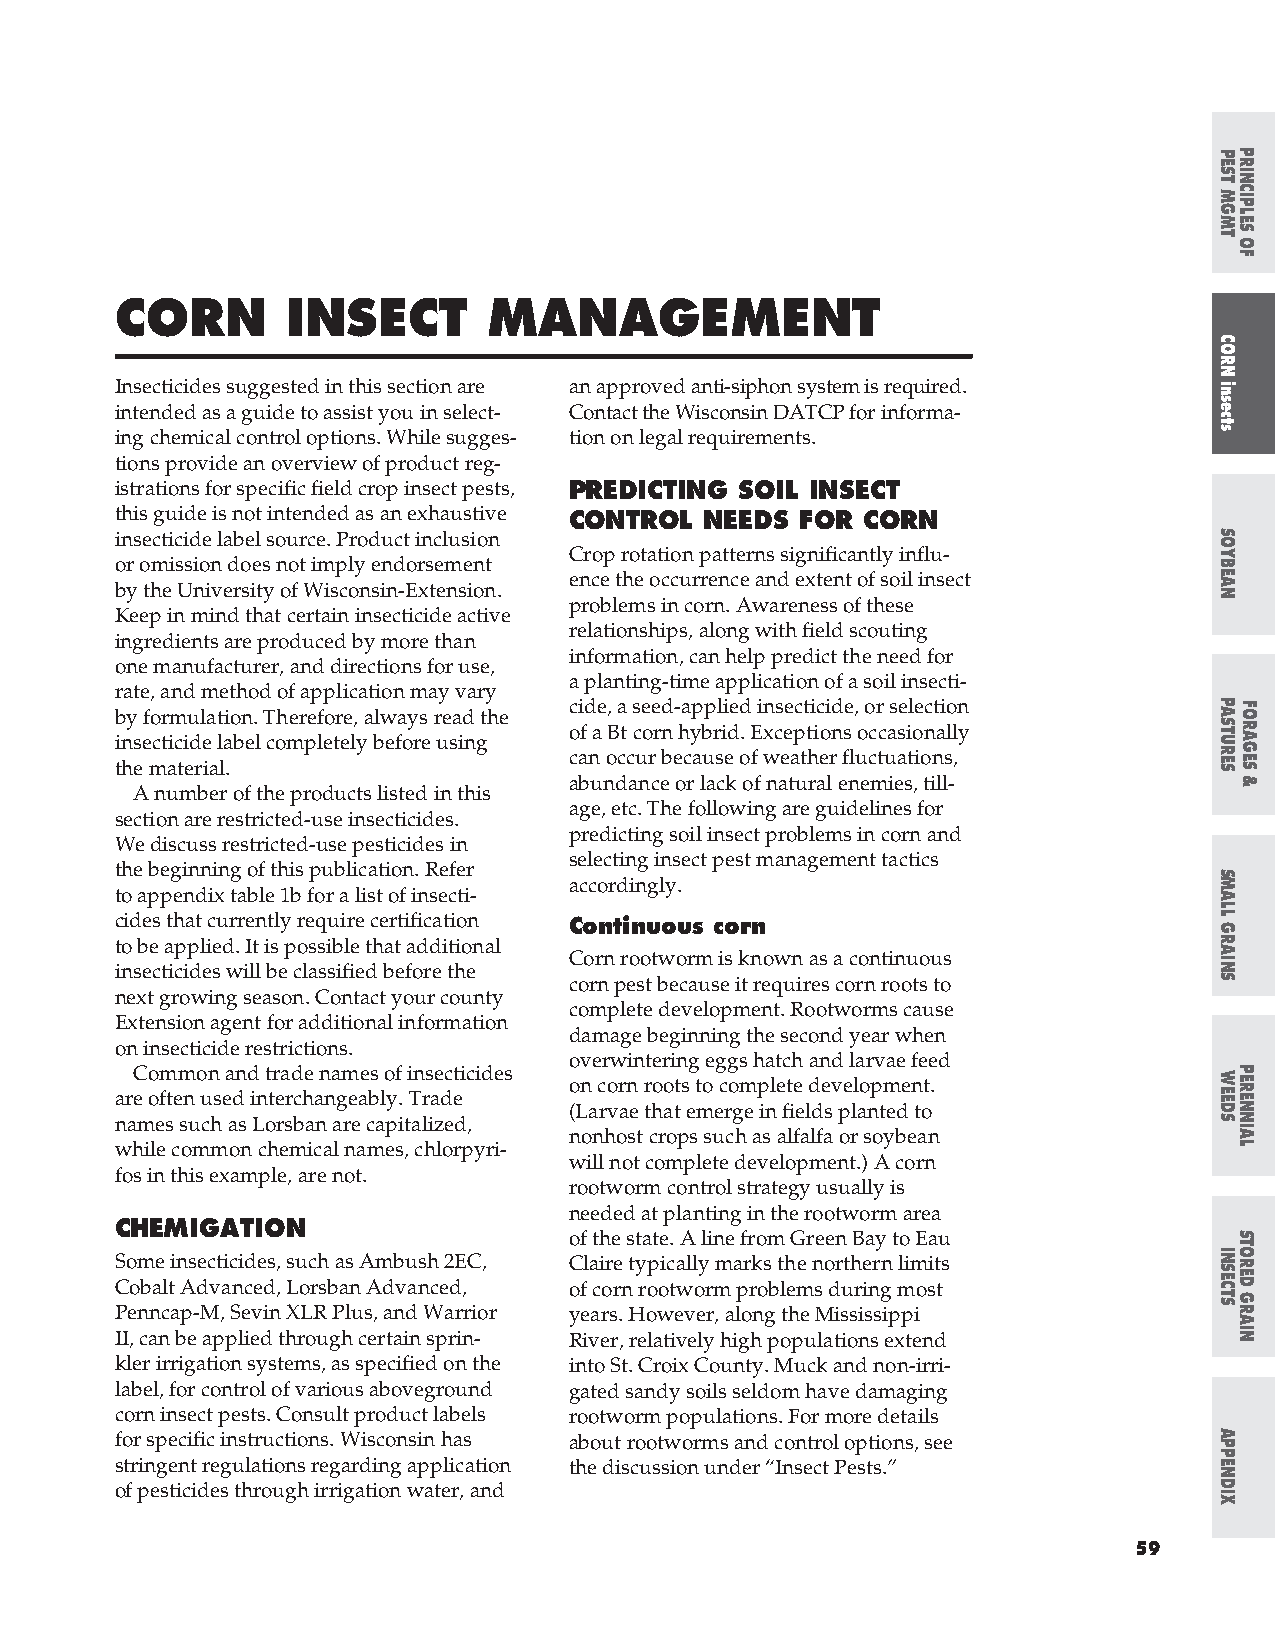
CORN       INSECT       MANAGEMENT
 Insecticides suggested in this section are an approved anti-siphon system is required.
 intended as a guide to assist you in select- Contact the Wisconsin DATCP for informa-
 ing chemical control options. While sugges- tion on legal requirements.
 tions provide an overview of product reg-
 istrations for specific field crop insect pests, PREDICTING SOIL INSECT
 this guide is not intended as an exhaustive CONTROL NEEDS FOR CORN
 insecticide label source. Product inclusion
 Crop rotation patterns significantly influ-
 or omission does not imply endorsement
 ence the occurrence and extent of soil insect
 by the University of Wisconsin-Extension.
 problems in corn. Awareness of these
 Keep in mind that certain insecticide active
 relationships, along with field scouting
 ingredients are produced by more than
 information, can help predict the need for
 one manufacturer, and directions for use,
 a planting-time application of a soil insecti-
 rate, and method of application may vary
 cide, a seed-applied insecticide, or selection
 by formulation. Therefore, always read the
 of a Bt corn hybrid. Exceptions occasionally
 insecticide label completely before using
 can occur because of weather fluctuations,
 the material.
 abundance or lack of natural enemies, till-
 A number of the products listed in this
 age, etc. The following are guidelines for
 section are restricted-use insecticides.
 predicting soil insect problems in corn and
 We discuss restricted-use pesticides in
 selecting insect pest management tactics
 the beginning of this publication. Refer
 accordingly.
 to appendix table 1b for a list of insecti-
 cides that currently require certification Continuous corn
 to be applied. It is possible that additional
 Corn rootworm is known as a continuous
 insecticides will be classified before the
 corn pest because it requires corn roots to
 next growing season. Contact your county
 complete development. Rootworms cause
 Extension agent for additional information
 damage beginning the second year when
 on insecticide restrictions.
 overwintering eggs hatch and larvae feed
 Common and trade names of insecticides
 on corn roots to complete development.
 are often used interchangeably. Trade
 (Larvae that emerge in fields planted to
 names such as Lorsban are capitalized,
 nonhost crops such as alfalfa or soybean
 while common chemical names, chlorpyri-
 will not complete development.) A corn
 fos in this example, are not.
 rootworm control strategy usually is
 needed at planting in the rootworm area
 CHEMIGATION
 of the state. A line from Green Bay to Eau
 Some insecticides, such as Ambush 2EC, Claire typically marks the northern limits
 Cobalt Advanced, Lorsban Advanced, of corn rootworm problems during most
 Penncap-M, Sevin XLR Plus, and Warrior years. However, along the Mississippi
 II, can be applied through certain sprin- River, relatively high populations extend
 kler irrigation systems, as specified on the into St. Croix County. Muck and non-irri-
 label, for control of various aboveground gated sandy soils seldom have damaging
 corn insect pests. Consult product labels rootworm populations. For more details
 for specific instructions. Wisconsin has about rootworms and control options, see
 stringent regulations regarding application the discussion under “Insect Pests.”
 of pesticides through irrigation water, and
 59
 PEST
 MGMT
 CORN
 insects
 SOYBEAN
 PASTURES
 SMALL
 GRAINS
 WEEDS
 INSECTS
 APPENDIX
 PRINCIPLES
 OF
 FORAGES
 &
 PERENNIAL
 STORED
 GRAIN